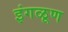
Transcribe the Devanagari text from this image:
इंगळूण